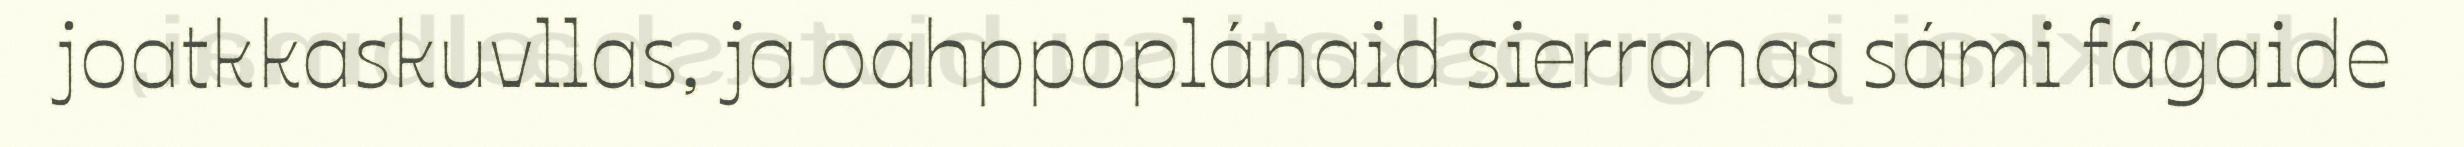
joatkkaskuvllas, ja oahppoplánaid sierranas sámi fágaide